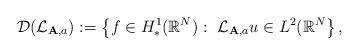
LaTeX: \begin{align*} \mathcal{D}(\mathcal{L}_{\mathbf{A},a}):=\left\{ f\in H^1_*({\mathbb{R}}^N):\ \mathcal{L}_{\mathbf{A},a}u\in L^2({\mathbb{R}}^N\right\},\end{align*}